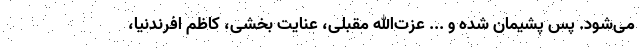
می‌شود. پس پشیمان شده و ... عزت‌الله مقبلی، عنایت بخشی، کاظم افرندنیا،